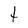
Character: t